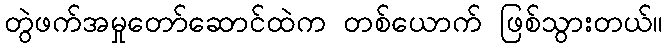
တွဲဖက်အမှုတော်ဆောင်ထဲက တစ်ယောက် ဖြစ်သွားတယ်။